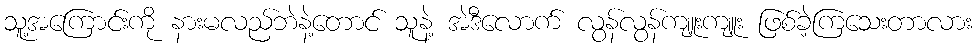
သူ့အကြောင်းကို နားမလည်ဘဲနဲ့တောင် သူနဲ့ အဲဒီလောက် လွန်လွန်ကျူးကျူး ဖြစ်ခဲ့ကြသေးတာလား